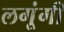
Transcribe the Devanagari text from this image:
लगूंगी